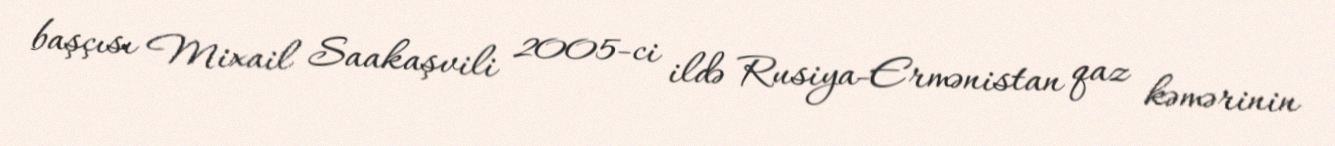
başçısı Mixail Saakaşvili 2005-ci ildə Rusiya-Ermənistan qaz kəmərinin